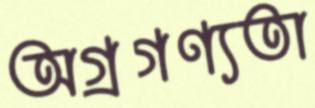
অগ্রগণ্যতা